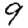
Digit: 9